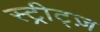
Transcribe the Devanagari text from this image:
स्ट्रीट्ज़